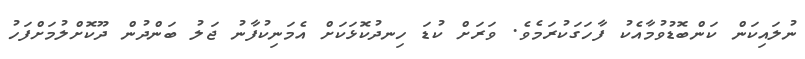
ނުލައިކަން ކަންބޮޑުވުމާއެކު ފާހަގަކުރަމެވެ. ވަރަށް ކުޑަ ހިނދުކޮޅަކަށް އެމަނިކުފާނު ޖަލު ބަންދުން ދޫކޮށްލުމަށްފަހު